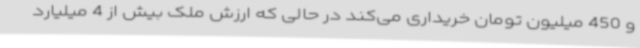
و 450 میلیون تومان خریداری می‌کند در حالی که ارزش ملک بیش از 4 میلیارد